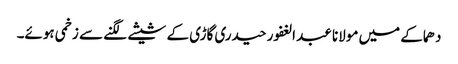
دھماکے میں مولانا عبد الغفور حیدری گاڑی کے شیشے لگنے سے زخمی ہوئے۔